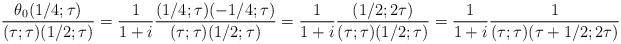
LaTeX: \begin{align*}\frac{\theta_0(1/4; \tau)}{(\tau; \tau) (1/2; \tau)} = \frac{1}{1 + i} \frac{(1/4; \tau)(-1/4; \tau)}{(\tau; \tau)(1/2;\tau)}= \frac{1}{1 + i} \frac{(1/2; 2\tau)}{(\tau; \tau)(1/2;\tau)} = \frac{1}{1 + i} \frac{1}{(\tau; \tau)(\tau+1/2; 2\tau)}\end{align*}